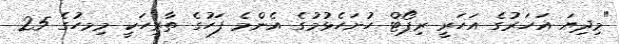
"މިދިޔަ އަހަރުގެ އަހަރީ ރިޕޯޓް ހުށަހެޅުމުގެ އެންމެ ފަހުގެ ތާރީހަކީ މިމހުގެ 25